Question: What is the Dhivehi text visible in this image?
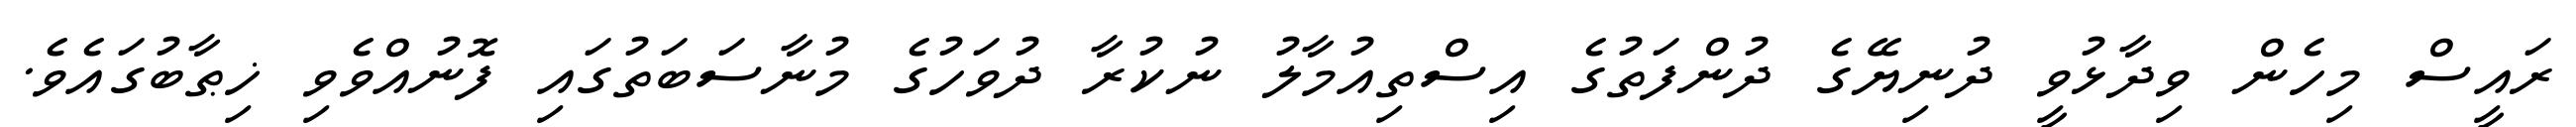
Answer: ރައީސް މިހެން ވިދާޅުވީ ދުނިޔޭގެ ދުންފަތުގެ އިސްތިއުމާލު ނުކުރާ ދުވަހުގެ މުނާސަބަތުގައި ފޮނުއްވެވި ޚިޠާބުގައެވެ.